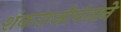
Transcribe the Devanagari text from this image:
शंकराजीपंताने